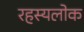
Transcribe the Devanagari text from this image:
रहस्यलोक